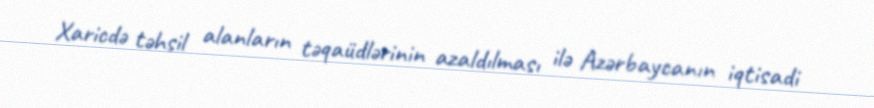
Xaricdə təhsil alanların təqaüdlərinin azaldılması ilə Azərbaycanın iqtisadi